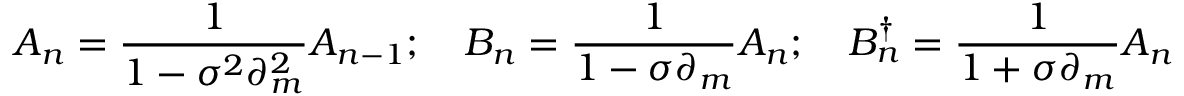
A _ { n } = \frac { 1 } { 1 - \sigma ^ { 2 } \partial _ { m } ^ { 2 } } A _ { n - 1 } ; \quad B _ { n } = \frac { 1 } { 1 - \sigma \partial _ { m } } A _ { n } ; \quad B _ { n } ^ { \dag } = \frac { 1 } { 1 + \sigma \partial _ { m } } A _ { n }